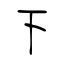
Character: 下